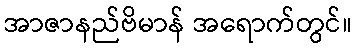
အာဇာနည်ဗိမာန် အရောက်တွင်။